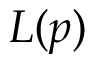
L ( p )